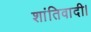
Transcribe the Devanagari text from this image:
शांतिवादी।